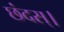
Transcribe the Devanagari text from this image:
छंदस्।